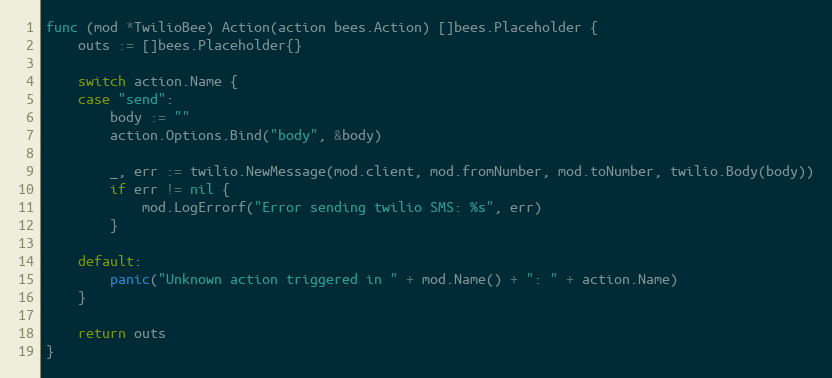
Language: Go
func (mod *TwilioBee) Action(action bees.Action) []bees.Placeholder {
	outs := []bees.Placeholder{}

	switch action.Name {
	case "send":
		body := ""
		action.Options.Bind("body", &body)

		_, err := twilio.NewMessage(mod.client, mod.fromNumber, mod.toNumber, twilio.Body(body))
		if err != nil {
			mod.LogErrorf("Error sending twilio SMS: %s", err)
		}

	default:
		panic("Unknown action triggered in " + mod.Name() + ": " + action.Name)
	}

	return outs
}